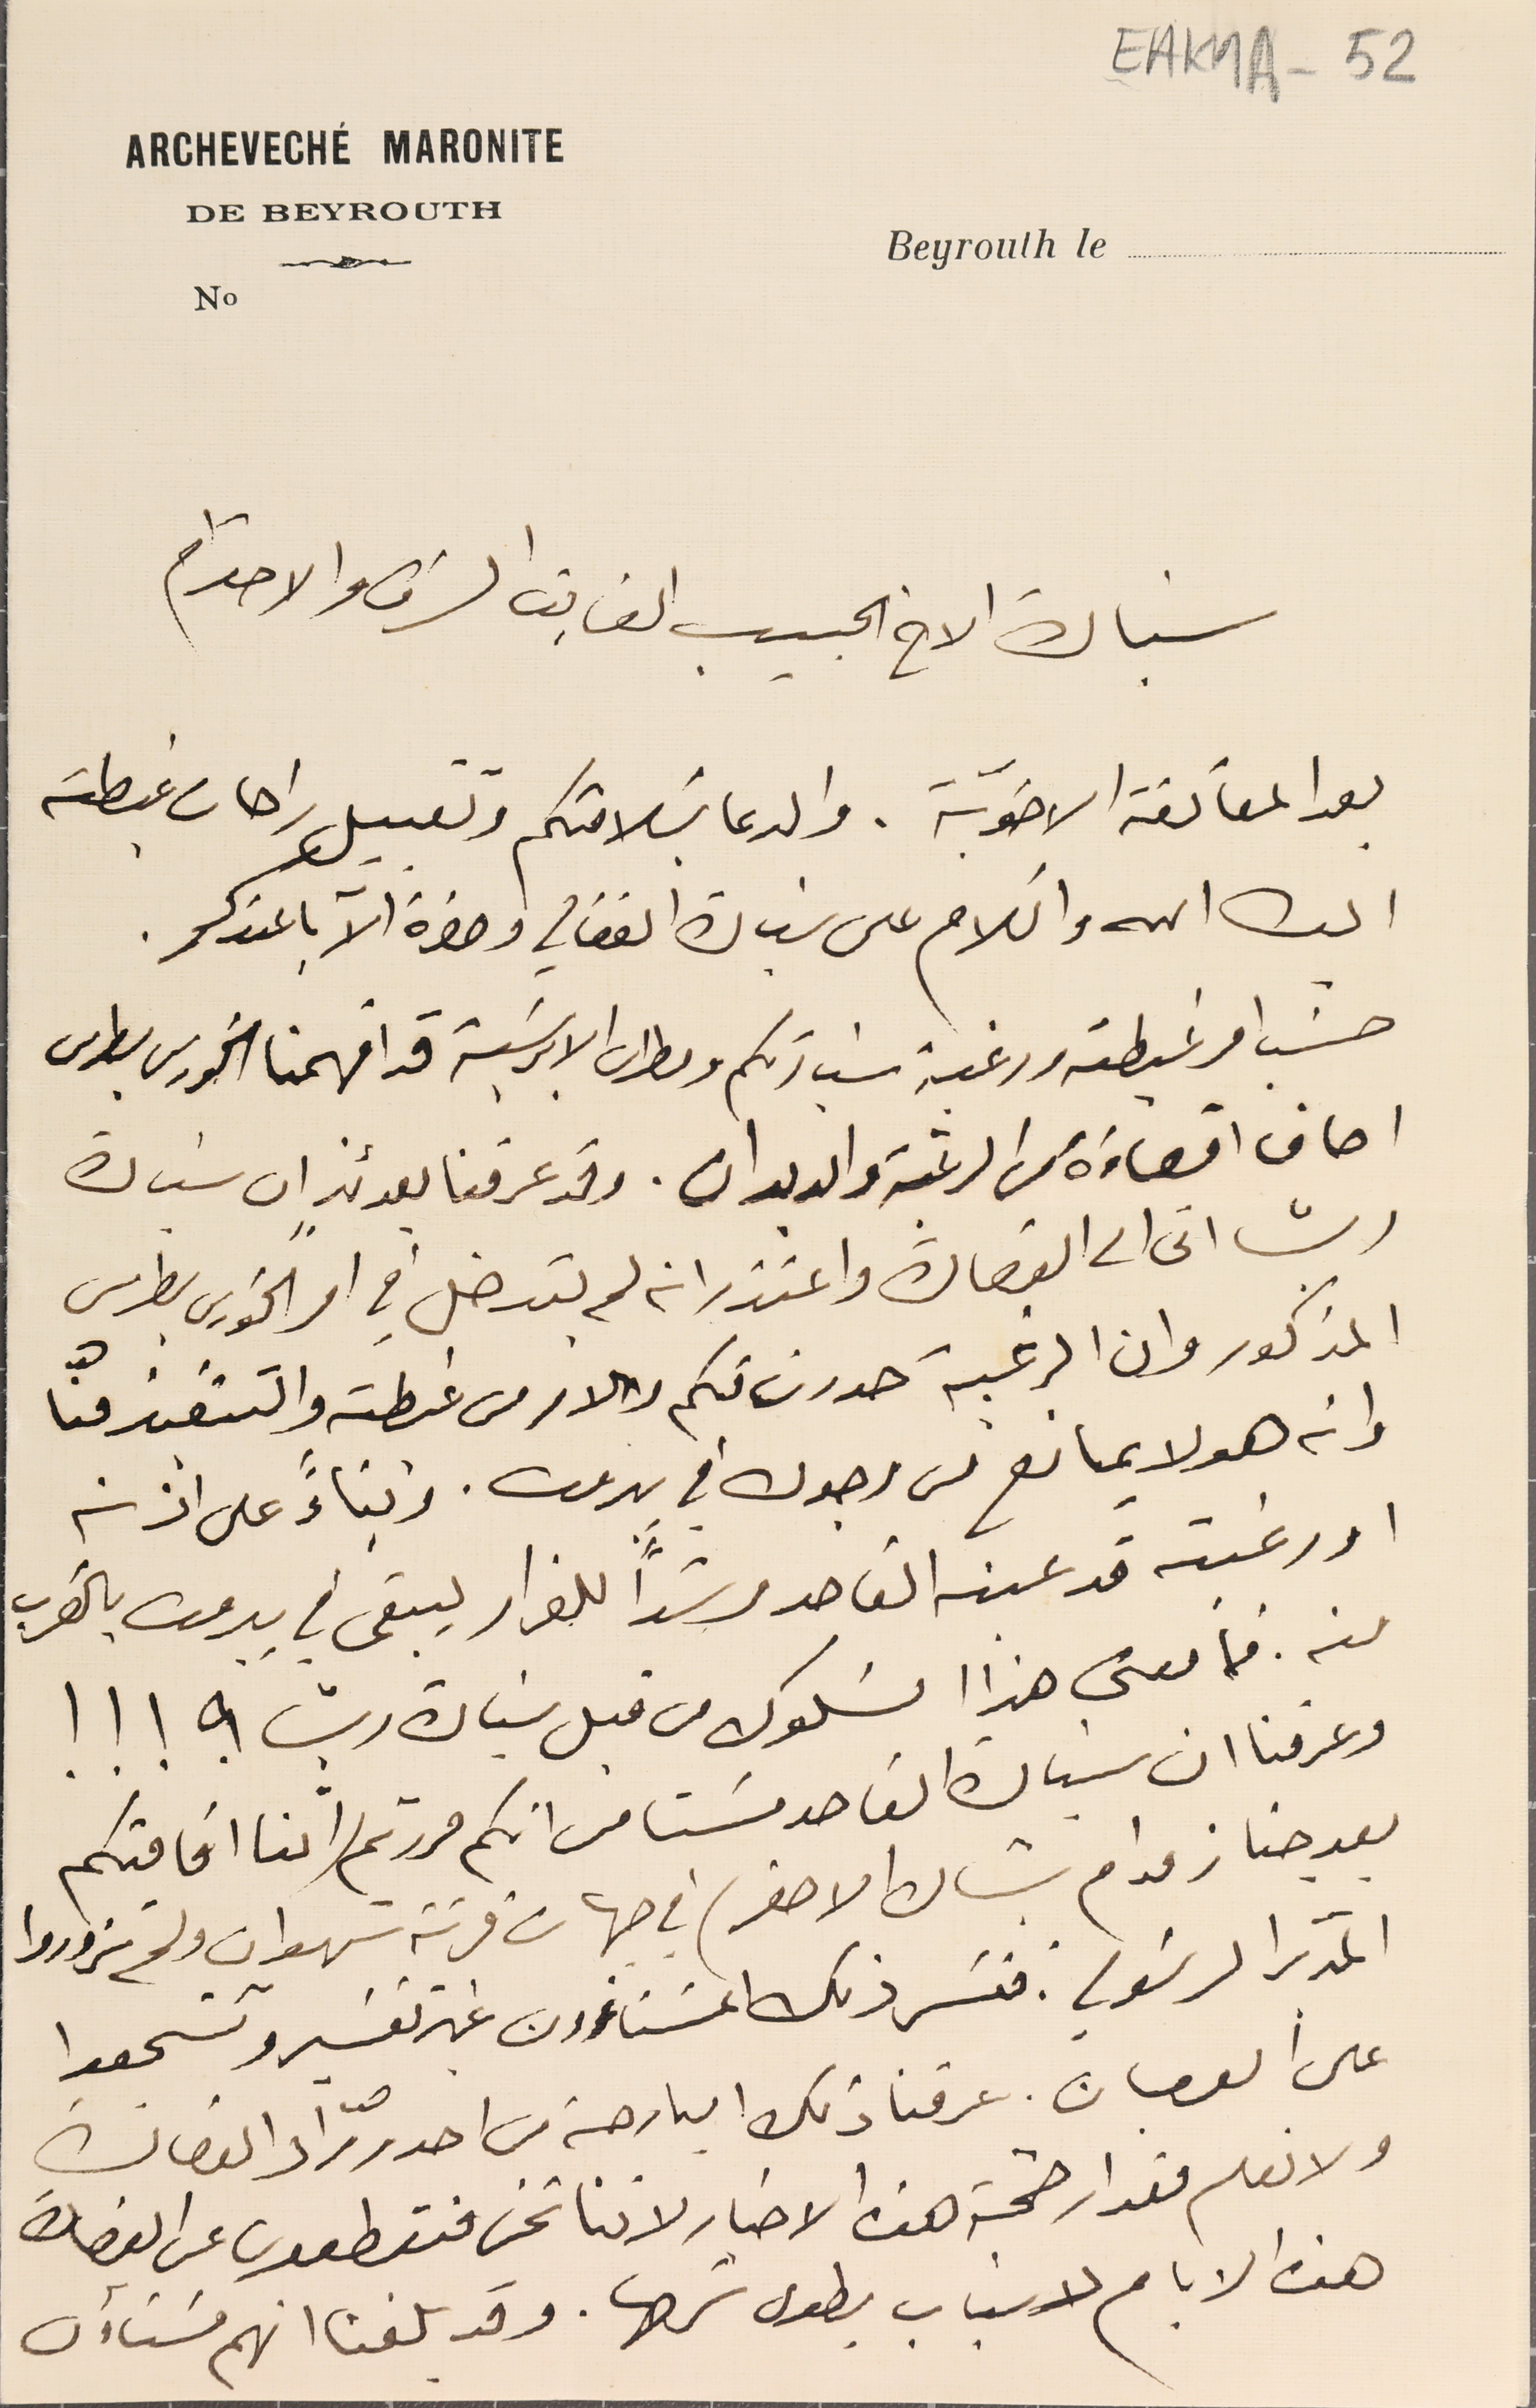
EAK1A-52
ARCHEVECHÉ MARONITE
Beyrouth le
Nº
سَيادة الاخ الحبيب الفايق الشرف والاحترام
بعد المعانقة الاخويّة. والدعا بسَلامتكم وتقبيل راحات غبطته
ايده الله والسَلام على سَيادة الفغالي وحضرة الاّبا عندكم.
حسَب امر غبطته ورغبة سَيادتكم ومطران الابرشية قد افهمنا الخورى بطرس
اصاف اقصاءَه عن الرعيّة والديوان. وقد عرفنا بعدئذٍ ان سَيادة
ريشا اتى الى القصادة واعتذر انه لم يتدخل في امر الخوري بطرس
المذكور وان الرغبة صدرت منكم والامر من غبطته والتنفيذ منّا
وانه هو لا يمانع من وجوده في بيروت. وبناءً على أذنه
او رغبته قد عينه القاصد مرشداً للفرار ليبقى في بيروت بالقرب
منه. فما معنى هذا السَلوك من قبل سَيادة ريشا ؟ ! ! !
وعرفنا ان سيادة القاصد مسَتا من انكم مررتم (اثنا اقامتكم
بعد جناز مدام بشاره الاصفر) في جهات قرنة شهوان ولم تزوروا

المدبر الرسَولي. ففسَر ذلك المسَتاءون غير تفسير وتشجعوا
على العصيان. عرفنا ذلك البارحة من احد روّاد القصادة
ولا نعلم مقدار صحة هذه الاخبار لاننا نحن منقطعون عن القصادة
هذه الايام لاسَباب يطول شرحها. وقد بلغنا انهم مسَتأون
DE BEYROUTH